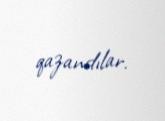
qazandılar.